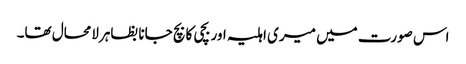
اس صورت میں میری اہلیہ اور بچی کا بچ جانا بظاہرلامحال تھا۔